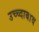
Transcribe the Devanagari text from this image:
उच्च्दाबाव